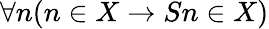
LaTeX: \forall n(n\in X\rightarrow Sn\in X)